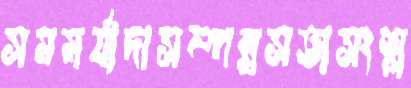
সমমর্যাদাসম্পন্নসভাসংশ্ল